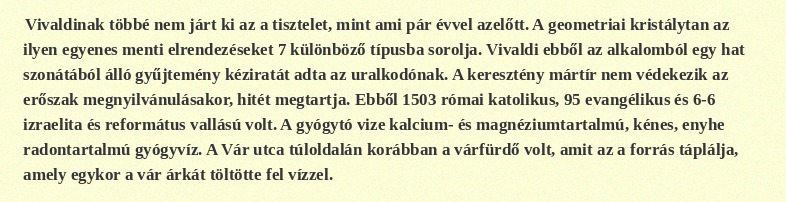
Vivaldinak többé nem járt ki az a tisztelet, mint ami pár évvel azelőtt. A geometriai kristálytan az ilyen egyenes menti elrendezéseket 7 különböző típusba sorolja. Vivaldi ebből az alkalomból egy hat szonátából álló gyűjtemény kéziratát adta az uralkodónak. A keresztény mártír nem védekezik az erőszak megnyilvánulásakor, hitét megtartja. Ebből 1503 római katolikus, 95 evangélikus és 6-6 izraelita és református vallású volt. A gyógytó vize kalcium- és magnéziumtartalmú, kénes, enyhe radontartalmú gyógyvíz. A Vár utca túloldalán korábban a várfürdő volt, amit az a forrás táplálja, amely egykor a vár árkát töltötte fel vízzel.